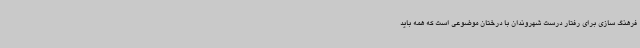
فرهنگ سازی برای رفتار درست شهروندان با درختان موضوعی است که همه باید